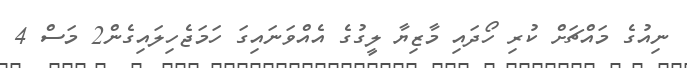
ނިއުގެ މައްޗަށް ކުރި ހޯދައި މާޒިޔާ ލީގުގެ އެއްވަނައިގަ ހަމަޖެހިލައިގެން2 މަސް 4